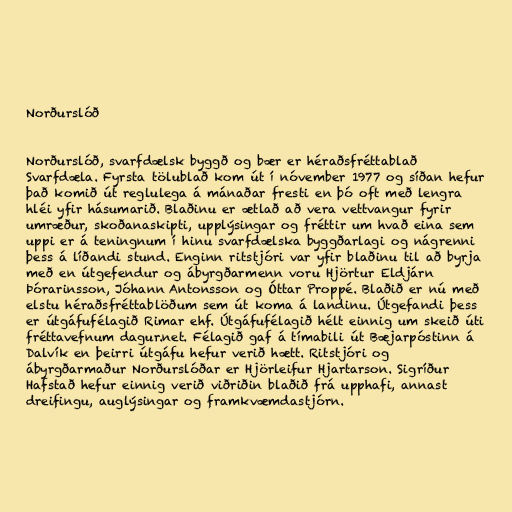
Norðurslóð

Norðurslóð, svarfdælsk byggð og bær er héraðsfréttablað
Svarfdæla. Fyrsta tölublað kom út í nóvember 1977 og síðan hefur
það komið út reglulega á mánaðar fresti en þó oft með lengra
hléi yfir hásumarið. Blaðinu er ætlað að vera vettvangur fyrir
umræður, skoðanaskipti, upplýsingar og fréttir um hvað eina sem
uppi er á teningnum í hinu svarfdælska byggðarlagi og nágrenni
þess á líðandi stund. Enginn ritstjóri var yfir blaðinu til að byrja
með en útgefendur og ábyrgðarmenn voru Hjörtur Eldjárn
Þórarinsson, Jóhann Antonsson og Óttar Proppé. Blaðið er nú með
elstu héraðsfréttablöðum sem út koma á landinu. Útgefandi þess
er útgáfufélagið Rimar ehf. Útgáfufélagið hélt einnig um skeið úti
fréttavefnum dagur.net. Félagið gaf á tímabili út Bæjarpóstinn á
Dalvík en þeirri útgáfu hefur verið hætt. Ritstjóri og
ábyrgðarmaður Norðurslóðar er Hjörleifur Hjartarson. Sigríður
Hafstað hefur einnig verið viðriðin blaðið frá upphafi, annast
dreifingu, auglýsingar og framkvæmdastjórn.